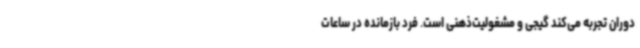
دوران تجربه می‌کند گیجی و مشغولیت‌ذهنی است. فرد بازمانده در ساعات